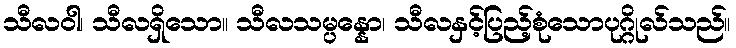
သီလဝါ၊ သီလရှိသော။ သီလသမ္ပန္နော၊ သီလနှင့်ပြည့်စုံသောပုဂ္ဂိုလ်သည်။